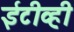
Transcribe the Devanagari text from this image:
ईटीव्ही